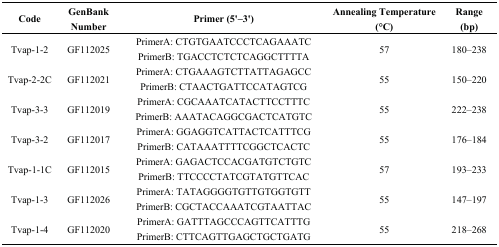
| Code | GenBank Number | Primer (5'–3') | Annealing Temperature (°C) | Range (bp) |
 | --- | --- | --- | --- | --- |
 | Tvap-1-2 | GF112025 | PrimerA: CTGTGAATCCCTCAGAAATC PrimerB: TGACCTCTCTCAGGCTTTTA | 57 | 180–238 |
 | Tvap-2-2C | GF112021 | PrimerA: CTGAAAGTCTTATTAGAGCC PrimerB: CTAACTGATTCCATAGTCG | 55 | 150–220 |
 | Tvap-3-3 | GF112019 | PrimerA: CGCAAATCATACTTCCTTTCPrimerB: AAATACAGGCGACTCATGTC | 55 | 222–238 |
 | Tvap-3-2 | GF112017 | PrimerA: GGAGGTCATTACTCATTTCG PrimerB: CATAAATTTTCGGCTCACTC | 55 | 176–184 |
 | Tvap-1-1C | GF112015 | PrimerA: GAGACTCCACGATGTCTGTC PrimerB: TTCCCCTATCGTATGTTCAC | 57 | 193–233 |
 | Tvap-1-3 | GF112026 | PrimerA: TATAGGGGTGTTGTGGTGTT PrimerB: CGCTACCAAATCGTAATTAC | 55 | 147–197 |
 | Tvap-1-4 | GF112020 | PrimerA: GATTTAGCCCAGTTCATTTG PrimerB: CTTCAGTTGAGCTGCTGATG | 55 | 218–268 |